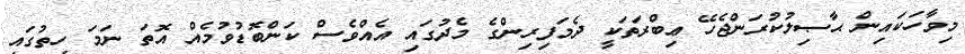
މިވާހަކައިން ޙާޞިލުކުރަންޖެހޭ ޢިބްރަތަކީ ދެމަފިރިންގެ މެދުގައި އެއްވެސް ކަންބޮޑުވުމެއް އޮތަ ނަމަ ހިތުގައި